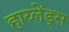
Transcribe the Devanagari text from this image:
हाय्लेंड्स